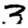
Digit: 3